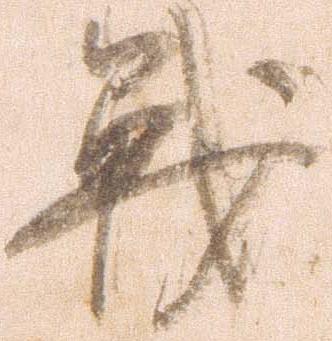
戦